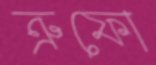
ত্রুফো